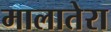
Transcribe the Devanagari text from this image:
मालातेरा